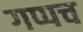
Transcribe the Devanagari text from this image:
गप्पच